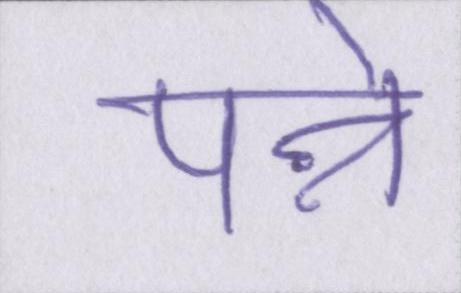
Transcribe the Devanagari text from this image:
पन्ने